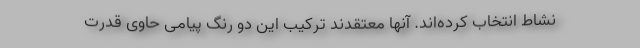
نشاط انتخاب کرده‌اند. آنها معتقدند ترکیب این دو رنگ پیامی حاوی قدرت